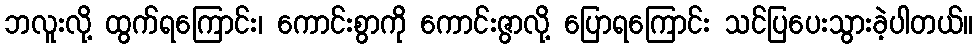
ဘလူးလို့ ထွက်ရကြောင်း၊ ကောင်းစွာကို ကောင်းဇွာလို့ ပြောရကြောင်း သင်ပြပေးသွားခဲ့ပါတယ်။